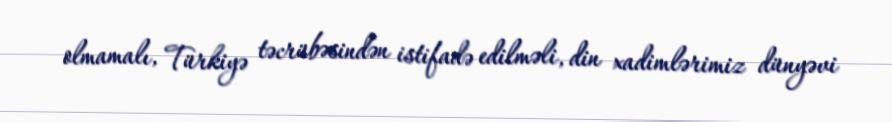
olmamalı, Türkiyə təcrübəsindən istifadə edilməli, din xadimlərimiz dünyəvi